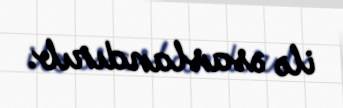
ilə əsaslandırıb.